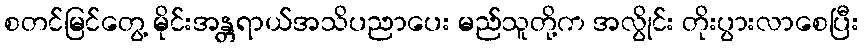
စတင်မြင်တွေ့ မိုင်းအန္တရာယ်အသိပညာပေး မည်သူတို့က အလွိုင်း တိုးပွားလာစေပြီး